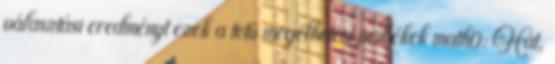
választási eredményt ezek a tetű megélhetési pribékek math0: Hát,